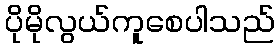
ပိုမိုလွယ်ကူစေပါသည်